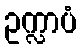
ဥက္လာပံ